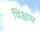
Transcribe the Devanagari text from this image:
विक्षाम